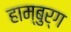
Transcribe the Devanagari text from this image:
हाम्बुर्ग